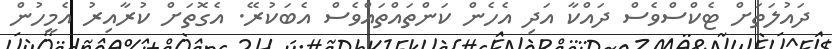
ދައުލަތަށް ޓެކްސްވެސް ދައްކާ އަދި އެހެން ކަންތައްތައްވެސް އެބަކުރޭ. އެގޮތަށް ކުރާއިރު އެމީހުން